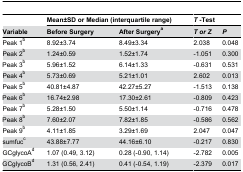
<table><thead><tr><td></td><td colspan="2"><b>Mean±SD or Median (interquartile range)</b></td><td colspan="2"><b><i>T</i> -Test</b></td></tr><tr><td><b>Variable</b></td><td><b>Before Surgery</b></td><td><b>After Surgery<sup>a</sup></b></td><td><b><i>T or Z</i></b></td><td><b><i>P</i></b></td></tr></thead><tbody><tr><td>Peak 1<sup>b</sup></td><td>8.92±3.74</td><td>8.49±3.34</td><td>2.038</td><td>0.048</td></tr><tr><td>Peak 2<sup>b</sup></td><td>1.24±0.59</td><td>1.52±1.74</td><td>-1.051</td><td>0.300</td></tr><tr><td>Peak 3<sup>b</sup></td><td>5.96±1.52</td><td>6.14±1.33</td><td>-0.631</td><td>0.531</td></tr><tr><td>Peak 4<sup>b</sup></td><td>5.73±0.69</td><td>5.21±1.01</td><td>2.602</td><td>0.013</td></tr><tr><td>Peak 5<sup>b</sup></td><td>40.81±4.87</td><td>42.27±5.27</td><td>-1.513</td><td>0.138</td></tr><tr><td>Peak 6<sup>b</sup></td><td>16.74±2.98</td><td>17.30±2.61</td><td>-0.809</td><td>0.423</td></tr><tr><td>Peak 7<sup>b</sup></td><td>5.28±1.50</td><td>5.50±1.14</td><td>-0.716</td><td>0.478</td></tr><tr><td>Peak 8<sup>b</sup></td><td>7.60±2.07</td><td>7.82±1.85</td><td>-0.586</td><td>0.562</td></tr><tr><td>Peak 9<sup>b</sup></td><td>4.11±1.85</td><td>3.29±1.69</td><td>2.047</td><td>0.047</td></tr><tr><td>sumfuc<sup>c</sup></td><td>43.88±7.77</td><td>44.16±6.10</td><td>-0.217</td><td>0.830</td></tr><tr><td>GCglycoA<sup>d</sup></td><td>1.07 (0.49, 3.12)</td><td>0.28 (-0.90, 1.14)</td><td>-2.782</td><td>0.005</td></tr><tr><td>GCglycoB<sup>d</sup></td><td>1.31 (0.56, 2.41)</td><td>0.41 (-0.54, 1.19)</td><td>-2.379</td><td>0.017</td></tr></tbody></table>